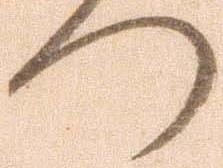
つ